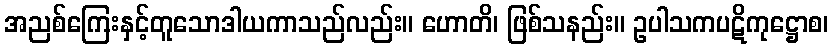
အညစ်ကြေးနှင့်တူသောဒါယကာသည်လည်း။ ဟောတိ၊ ဖြစ်သနည်း။ ဥပါသကပဋိကုဋ္ဌောစ၊